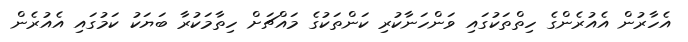
އެހާރުން އެއުރެންގެ ހިތްތަކުގައި ވަންހަނާކުރި ކަންތަކުގެ މައްޗަށް ހިތާމަކުރާ ބަޔަކު ކަމުގައި އެއުރެން